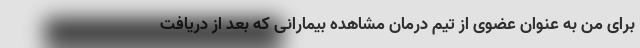
برای من به عنوان عضوی از تیم درمان مشاهده بیمارانی که بعد از دریافت